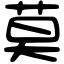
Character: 莫